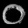
Digit: ၀